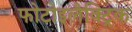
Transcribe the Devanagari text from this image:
फोटोइलैक्ट्रिक